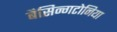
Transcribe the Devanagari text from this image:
बैसिन्गटोनिया